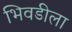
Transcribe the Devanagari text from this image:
भिवडीला